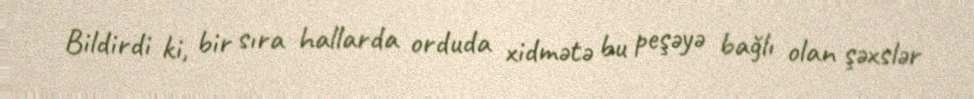
Bildirdi ki, bir sıra hallarda orduda xidmətə bu peşəyə bağlı olan şəxslər